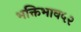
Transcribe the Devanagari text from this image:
भक्तिभाव५२